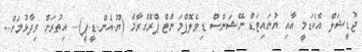
ޖުޑީޝަލް އެކެޑަމީ އާއި ޔުނައިޓަޑް ނޭޝަންސް ޑިވެލޮޕްމަންޓް ޕްރޮގްރާމް (ޔޫ.އެން.ޑީ.ޕީ)... އިތުރަށް ވިދާޅުމަށް...